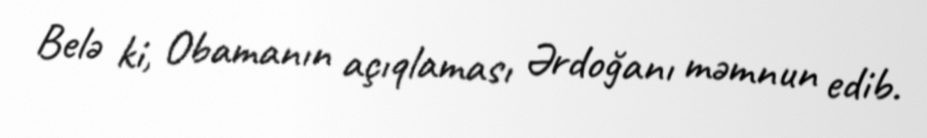
Belə ki, Obamanın açıqlaması Ərdoğanı məmnun edib.